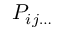
\ P _ { i j \ldots }